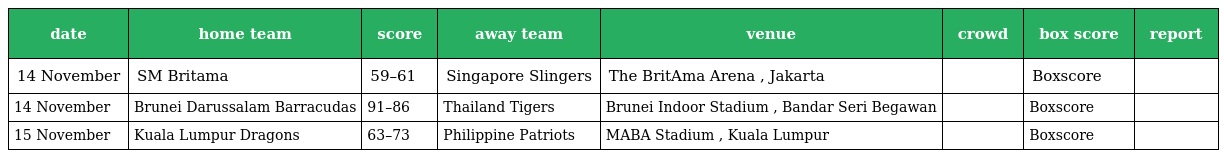
| date | home team | score | away team | venue | crowd | box score | report |
 | --- | --- | --- | --- | --- | --- | --- | --- |
 | 14 November | SM Britama | 59–61 | Singapore Slingers | The BritAma Arena , Jakarta |  | Boxscore |  |
 | 14 November | Brunei Darussalam Barracudas | 91–86 | Thailand Tigers | Brunei Indoor Stadium , Bandar Seri Begawan |  | Boxscore |  |
 | 15 November | Kuala Lumpur Dragons | 63–73 | Philippine Patriots | MABA Stadium , Kuala Lumpur |  | Boxscore |  |